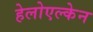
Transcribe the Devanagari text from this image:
हेलोएल्केन